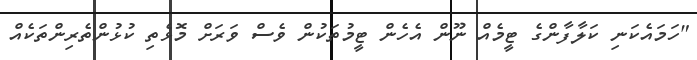
"ހަމައެކަނި ކަލާފާންގެ ޓީމެއް ނޫން އެހެން ޓީމުތަކުން ވެސް ވަރަށް މޮޅެތި ކުޅުންތެރިންތަކެއް